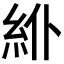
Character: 𥾾